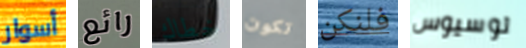
أسوار رائع خطاك تكون فلنكن لوسيوس